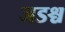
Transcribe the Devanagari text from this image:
जडश्च